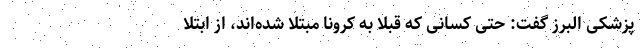
پزشکی البرز گفت: حتی کسانی که قبلا به کرونا مبتلا شده‌اند، از ابتلا